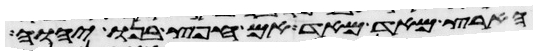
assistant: הארץ מאד מאד אם חפץ בנו יהוה